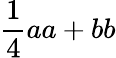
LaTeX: \frac{1}{4}aa+bb